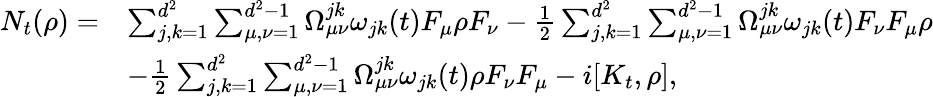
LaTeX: \begin{array}{rl}{N_{t}(\rho)=}&{\sum_{j,k=1}^{d^{2}}\sum_{\mu,\nu=1}^{d^{2}-1}\Omega_{\mu\nu}^{jk}\omega_{jk}(t)F_{\mu}\rho F_{\nu}-\frac{1}{2}\sum_{j,k=1}^{d^{2}}\sum_{\mu,\nu=1}^{d^{2}-1}\Omega_{\mu\nu}^{jk}\omega_{jk}(t)F_{\nu}F_{\mu}\rho}\\ &{-\frac{1}{2}\sum_{j,k=1}^{d^{2}}\sum_{\mu,\nu=1}^{d^{2}-1}\Omega_{\mu\nu}^{jk}\omega_{jk}(t)\rho F_{\nu}F_{\mu}-i[K_{t},\rho],}\end{array}